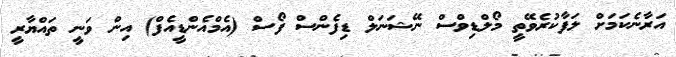
އަރާނެކަމަށް ލަފާކުރެވޭތީ މޯލްޑިވްސް ނޭޝަނަލް ޑިފެންސް ފޯސް (އެމްއެންޑީއެފް) އިން ވަނީ ތައްޔާރީ